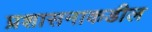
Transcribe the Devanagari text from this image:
प्रशासनाकडील